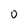
Character: 0